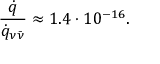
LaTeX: \frac { \dot { q } } { \dot { q } _ { \nu \bar { \nu } } } \approx 1 . 4 \cdot 1 0 ^ { - 1 6 } .